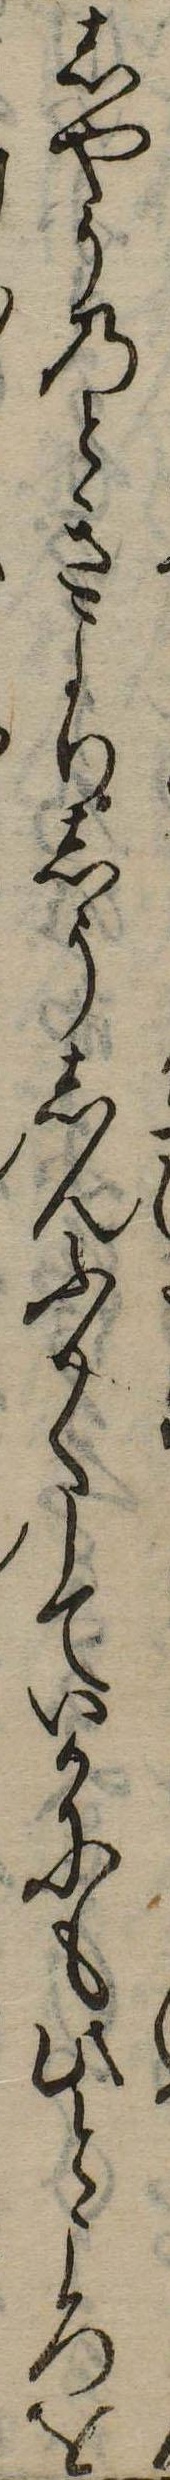
しやうのときよりしうしんふかくしていかにも此ところを